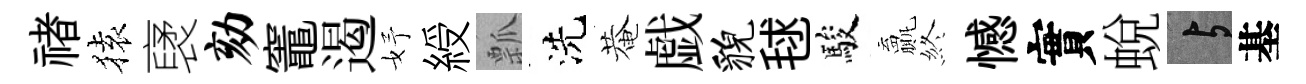
禇𫞤裦劾竈遏妤綬瓢洗菴戯貌毬駿贏終憾實蛻与基